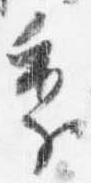
季